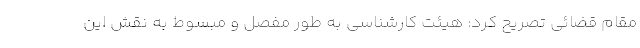
مقام قضائی تصریح کرد: هیئت کارشناسی به طور مفصل و مبسوط به نقش این